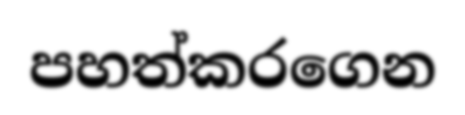
පහත්කරගෙන